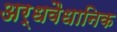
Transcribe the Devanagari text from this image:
अर्धवैधानिक